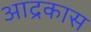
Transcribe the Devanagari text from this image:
आद्रकास